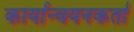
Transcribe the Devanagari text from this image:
कार्यान्वयनकर्ता